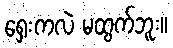
ရှေးကလဲ မထွက်ဘူး။